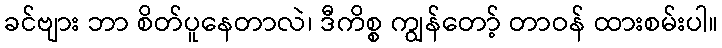
ခင်ဗျား ဘာ စိတ်ပူနေတာလဲ၊ ဒီကိစ္စ ကျွန်တော့် တာဝန် ထားစမ်းပါ။